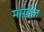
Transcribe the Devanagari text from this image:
मार्ख़ेज़